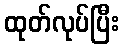
ထုတ်လုပ်ပြီး